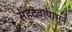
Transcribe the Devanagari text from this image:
सहदेवापासून